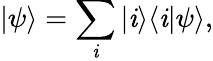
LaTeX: |\psi\rangle=\sum_{\mathit{i}}|\mathit{i}\rangle\langle\mathit{i}|\psi\rangle,